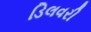
ડિલવરી